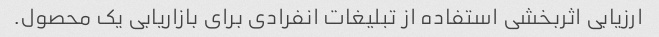
ارزیابی اثربخشی استفاده از تبلیغات انفرادی برای بازاریابی یک محصول.